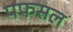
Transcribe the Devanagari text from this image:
पफसल